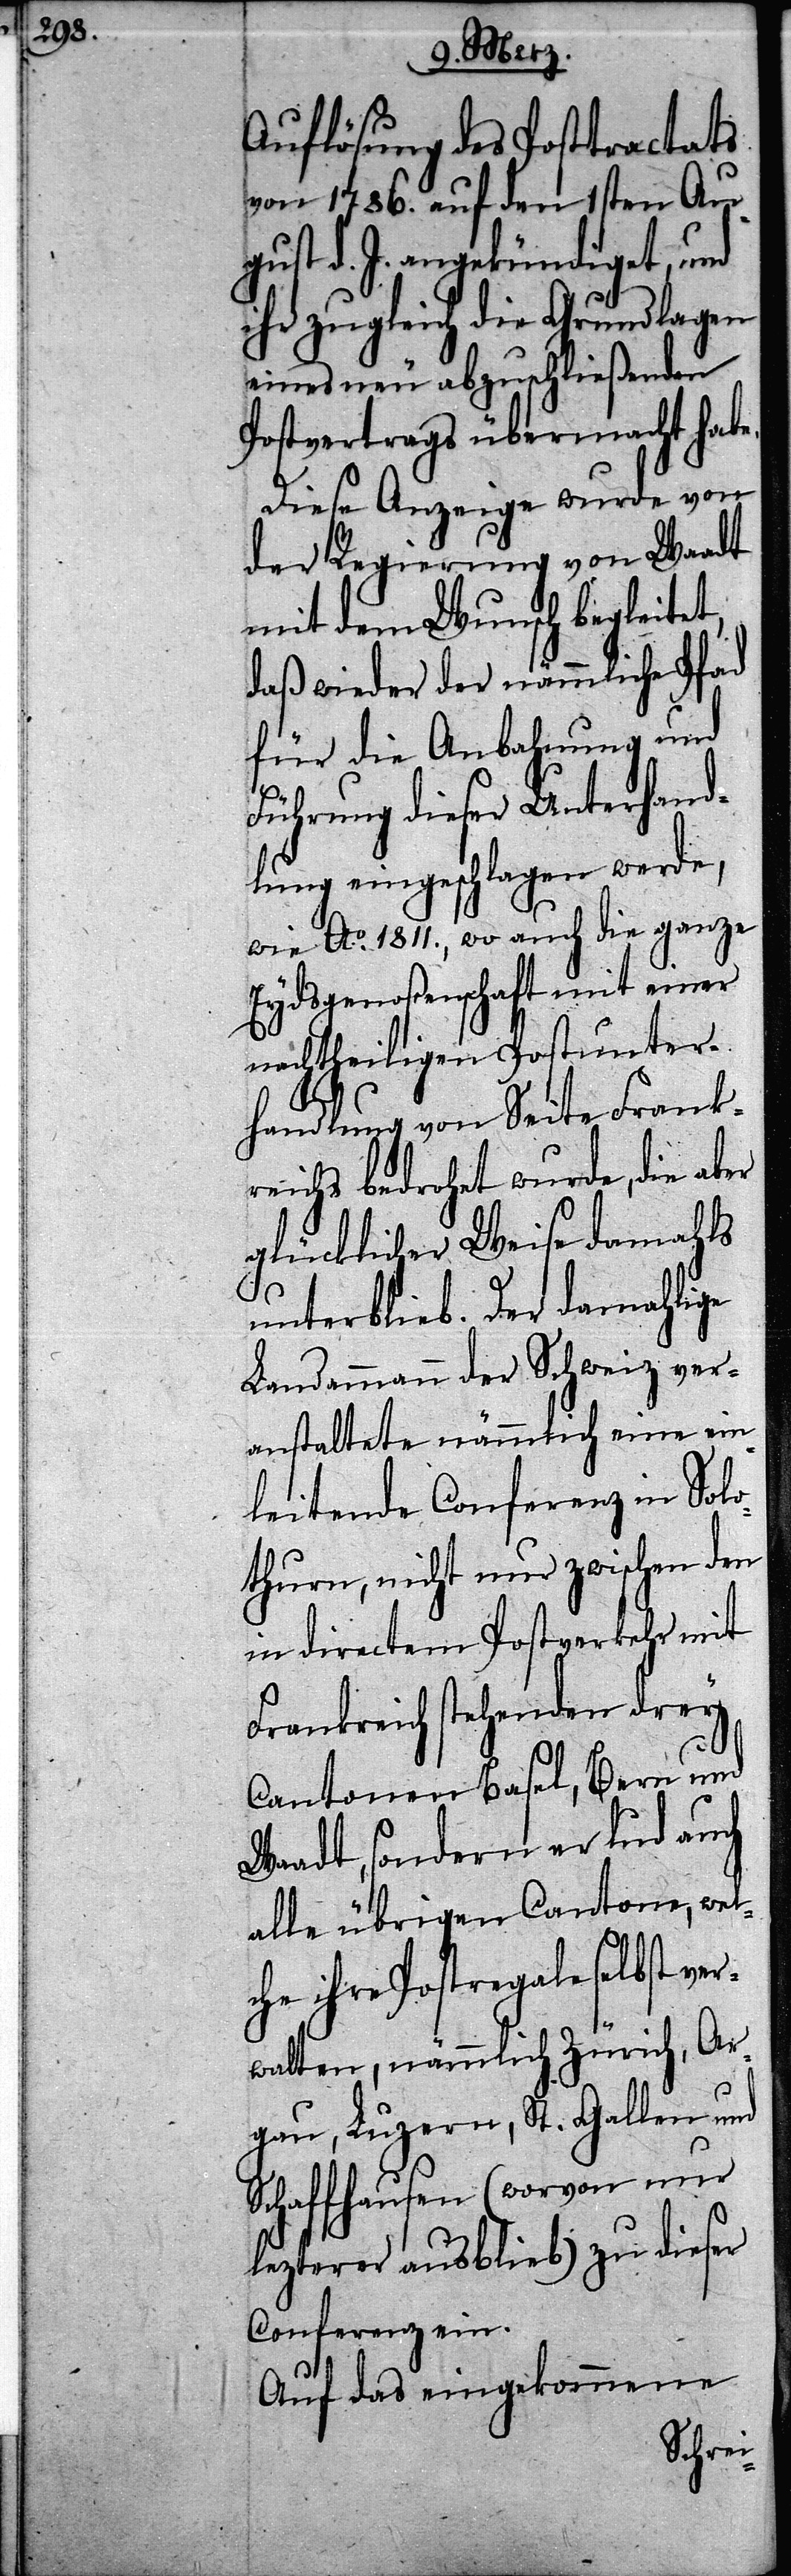
Auflösung des Posttractats
von 1786. auf den 1sten Au¬
gust d. J. angekündiget, und
ihr zugleich die Grundlagen
eines neu abzuschließenden
Postvertrags übermacht habe.
Diese Anzeige wurde von
der Regierung von Waadt
mit dem Wunsch begleitet,
daß wieder der nämmliche Pfad
für die Anbahnung und
Führung dieser Unterhand¬
lung eingeschlagen werde,
wie Ao. 1811., wo auch die ganze
Eydsgenoßenschaft mit einer
nachtheiligen Postunter¬
handlung von Seite Frank¬
reichs bedrohet wurde, die aber
glücklicher Weise damahls
unterblieb. Der damahlige
Landammann der Schweiz ver¬
anstaltete nämmlich eine ein¬
leitende Conferenz in Solo¬
thurn, nicht nur zwischen den
in directem Postverkehr mit
Frankreich stehenden drey
Cantonen Basel, Bern und
Waadt, sondern er lud auch
one, wel¬
alle übrigen Cant¬
che ihre Postregale selbst ver¬
walten, nämmlich Zürich, Ar¬
gau, Luzern, St. Gallen und
Schaffhausen (wovon nur
lezterer ausblieb) zu dieser
Conferenz ein.
Auf das eingekommene